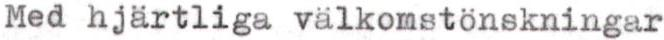
Med hjärtliga välkomstönskningar